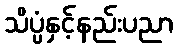
သိပ္ပံနှင့်နည်းပညာ